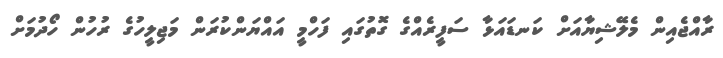
ރާއްޖެއިން މެލޭޝިޔާއަށް ކަނޑައަޅާ ސަފީރެއްގެ ގޮތުގައި ފަހްމީ އައްޔަންކުރަން މަޖިލީހުގެ ރުހުން ހޯދުމަށް